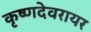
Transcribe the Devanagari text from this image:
कृष्णदेवरायर